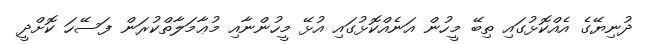
ދުނިޔޭގެ އެއްކޮޅުގައި ތިބޭ މީހުން އަނެއްކޮޅުގައި އުޅޭ މީހުންނާއި މުޢާމަލާތްކުރަން ފަސޭހަ ކޮށްދީ